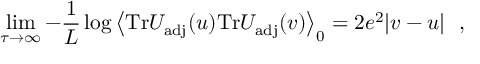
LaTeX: \operatorname * { l i m } _ { \tau \to \infty } - \frac { 1 } { L } \log \left< \mathrm { T r } U _ { \mathrm { a d j } } ( u ) \mathrm { T r } U _ { \mathrm { a d j } } ( v ) \right> _ { 0 } = 2 e ^ { 2 } | v - u | \ \ ,